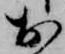
於